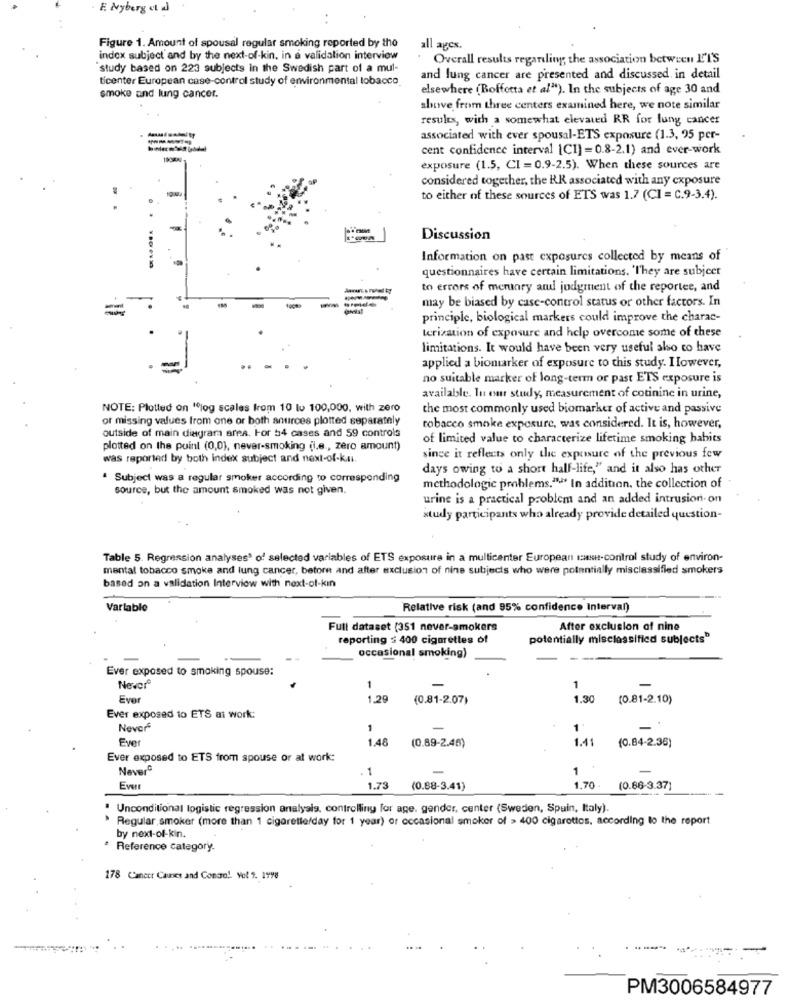
E Nyberg ct d
Figure 1. Amount of spousal regular smoking reported by the
all apes.
index subject and by the next-of-kin, in a validation interview
Overall results regarding the association between L'I'S
study based on 223 subjects in the Swedish part of a mul-
ticenter European case-control study of environmental tobacco
and lung cancer are presented and discussed in detail
elsewhere (Boffetta et al"). In the subjects of age 30 and
smoke and lung cancer.
above from three centers examined here, we note similar
results, with a somewhat elevated RR for lung cancer
associated with ever spousal-ETS exposure (1.3, 95 per-
cent confidence interval [C1] =0.8-2.1) and ever-work
exposure (1.5, CI =0.9-2.5). When these sources are
considered together, the RR associated with any exposure
to either of these sources of ETS was 1.7 (CI = C.9-3.4).
Discussion
Devin
Information on past exposures collected by means of
questionnaires have certain limitations. 'They are subject
to errors of merunry and judgment of the reportee, and
may be biased by case-control status or other factors. In
principle, biological markers could improve the charac-
terization of exposure and help overcome some of these
limitations. It would have been very useful also to have
applied a biomarker of exposure to this study. However,
no suitable marker of long-term or past ETS exposure is
available. In our study, measurement of cotinine in urine,
NOTE: Plotted on "jog scales from 10 lu 100,000, with zero
the most commonly used biomarker of active and passive
of missing values from one or both antirces plotted separately
outside of main diagram area. For 54 cases and 59 controls
tobacco smoke exposure, was considered. It is, however,
of limited value to characterize lifetime smoking babits
plotted on the puinl (0,0), never-smoking (l.e ., zero amount)
was reported by both index subject and next-of-k.s.
since it reflects only the exposure of the previous few
days owing to a short half-life," and it also has other
Subject was a regular smoker according to corresponding
source, but the amount smoked was not given.
methodologie problems.">" In addition, the collection of
urine is a practical problem and an added intrusion-on
study participants who already provide detailed question-
Table 5. Regression analyses3 of selected variables of ETS exposure in a multicenter European must-control study of environ-
mental tobacco smoke and lung cancer, betore and after exclusion of nine subjects who were potentially misclassified smokers
based on a validation Interview with next-of-kin
Variable
Relative risk (and 95% confidence Interval)
Full dataset (351 never-smokers
After exclusion of nine
reporting ≤ 400 cigarettes of
potentially misclassified subjects"
occasional smoking)
Ever exposed to smaking spouse:
Never
1
-
1
Ever
1.29
(0.81-2.07)
1.30
(0.81-2.10)
Ever exposed to ETS at work:
Never
1
-
1
Ever
1.48
(0.89-2.46)
1.41
(0.84-2.36)
Ever exposed to ETS from spouse or at work:
Never
. 1
1
Ever
1.73
(0.88-3.41)
1.70.
(0.86-3.37)
· Unconditional logistic regression analysis, controlling for age, gender, center (Sweden, Spain, Italy).
Regular,smoker (more than 1 cigaretterday for 1 year) or occasional smoker of > 400 cigarettes, according to the report
by next-of-kin.
Reference category.
178 CCancer Caunes and Control. Yol 2. 1998
PM3006584977